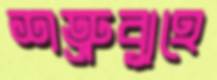
শত্রুব্যূহে